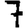
Digit: 7